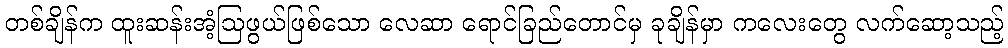
တစ်ချိန်က ထူးဆန်းအံ့ဩဖွယ်ဖြစ်သော လေဆာ ရောင်ခြည်တောင်မှ ခုချိန်မှာ ကလေးတွေ လက်ဆော့သည့်